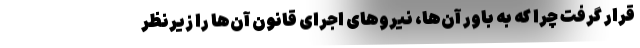
قرار گرفت چرا که به باور آن‌ها، نیروهای اجرای قانون آن‌ها را زیرنظر